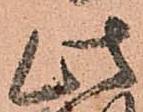
此